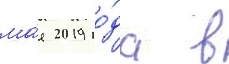
ма́я 2019 го́да в